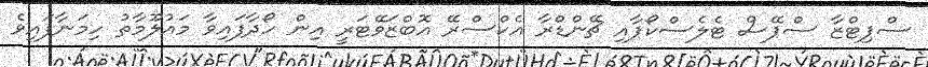
ސްޕިޓްޒާ ސްޕޭސް ޓެލެސްކޯޕާއި ޗޭންޑްރާ އެކްސްރޭ އޮބްޒަވޭޓަރީ އިން ހޯދާފައިވާ މައުލޫމާތު ހިމަނާފައިވެ